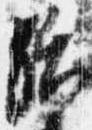
治